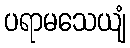
ပရာမသေယျံ